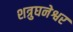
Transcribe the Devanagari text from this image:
शत्रुघनेश्वर